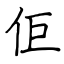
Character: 佢